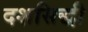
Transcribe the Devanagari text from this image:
दशसिद्धी